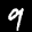
Label: 9